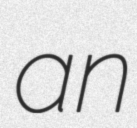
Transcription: an